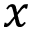
x